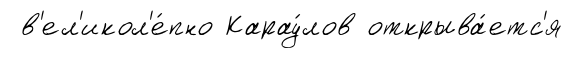
в'ел'икол'е́пно Карау́лов открыва́етс'я